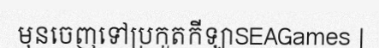
មុនចេញទៅប្រកួតកីឡាSEAGames |